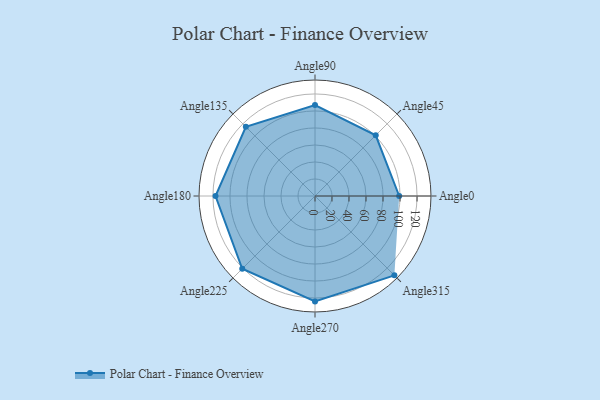
{"axis": {"x": "Angle", "y": "Radius"}, "legend": [""], "data": [{"x": "Angle0", "y": 99.0, "type": ""}, {"x": "Angle45", "y": 101.0, "type": ""}, {"x": "Angle90", "y": 107.0, "type": ""}, {"x": "Angle135", "y": 115.0, "type": ""}, {"x": "Angle180", "y": 117.0, "type": ""}, {"x": "Angle225", "y": 121.0, "type": ""}, {"x": "Angle270", "y": 124.0, "type": ""}, {"x": "Angle315", "y": 132.0, "type": ""}]}